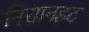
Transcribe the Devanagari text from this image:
निसानहट